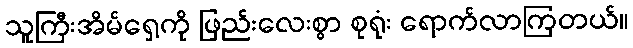
သူကြီးအိမ်ရှေ့ကို ဖြည်းလေးစွာ စုရုံး ရောက်လာကြတယ်။